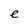
Character: e